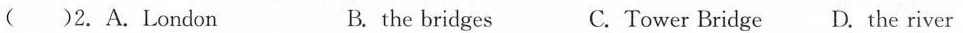
( )2.A.London B. the bridges C. Tower Bridge D. The river